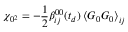
\chi _ { 0 ^ { 2 } } = - \frac { 1 } { 2 } \beta _ { i j } ^ { 0 0 } ( t _ { d } ) \left\langle \boldsymbol { G } _ { 0 } \boldsymbol { G } _ { 0 } \right\rangle _ { i j }